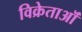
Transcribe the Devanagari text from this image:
विक्रेताऒं